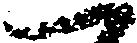
一